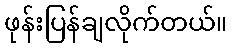
ဖုန်းပြန်ချလိုက်တယ်။